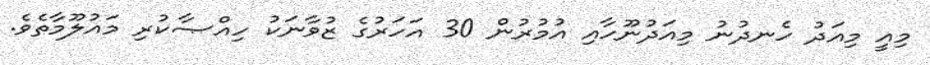
މިއީ މިއަދު ހެނދުނު މިއަދުނޫހާއި އުމުރުން 30 އަހަރުގެ ޒުވާނަކު ހިއްޞާކުރި މައުލޫމާތެވެ.